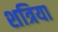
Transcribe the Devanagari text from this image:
शत्रिया